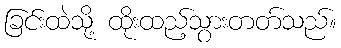
ခြင်းထဲသို့ ထိုးထည့်သွားတတ်သည်။